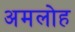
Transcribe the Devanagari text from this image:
अमलोह